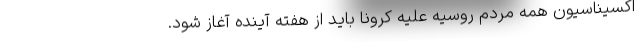
اکسیناسیون همه مردم روسیه علیه کرونا باید از هفته آینده آغاز شود.